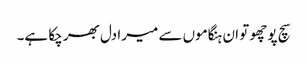
سچ پوچھو تو ان ہنگاموں سے میرا دل بھر چکا ہے۔